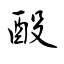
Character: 酘